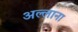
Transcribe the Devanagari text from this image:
अल्लाना